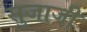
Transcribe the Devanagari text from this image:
सुजाजी